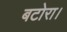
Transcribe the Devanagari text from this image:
बटोरा।